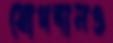
যোগদানও